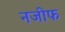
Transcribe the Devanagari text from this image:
नजीफ